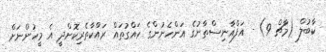
ކާބުލް (މާޗް 9) - އަފްޣާނިސްތާނުގެ އަންހެނުންގެ ހައްގުތައް ރައްކާތެރިކޮށްދީ އެ މީހުންނަށް